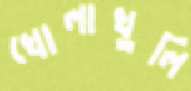
খোলাখুলি